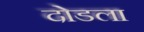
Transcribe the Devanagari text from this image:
दोडला